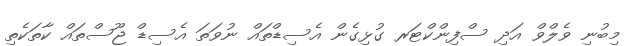
މިބުނި ވެލްވް އަދި ސްފިންކްޓަރ ގުޅިގެން އެސިޑްތައް ނުވަތަ އެސިޑް ޖޫސްތައް ކާތަކެތި